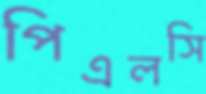
পিএলসি